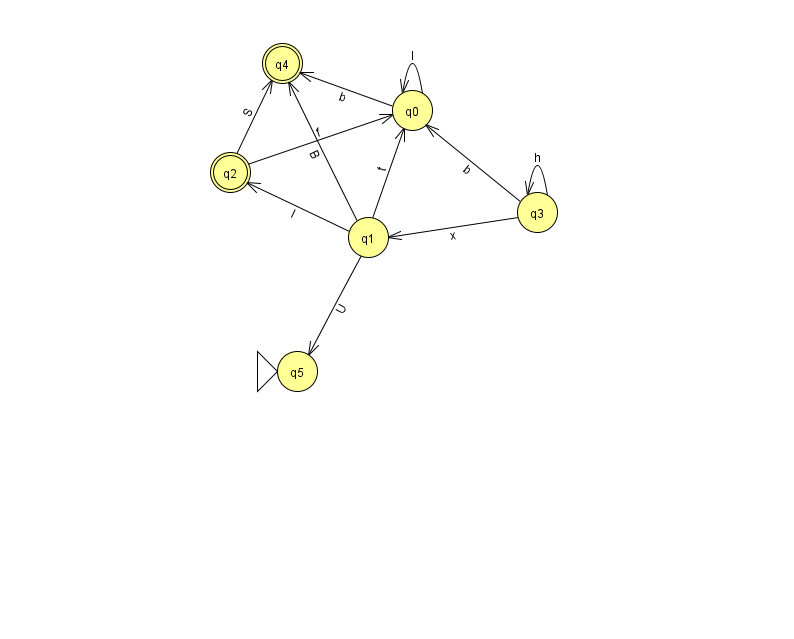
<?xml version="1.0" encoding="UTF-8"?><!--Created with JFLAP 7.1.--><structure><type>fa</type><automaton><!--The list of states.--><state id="0" name="q0"><x>412.0</x><y>97.0</y></state><state id="1" name="q1"><x>368.0</x><y>224.0</y></state><state id="2" name="q2"><x>230.0</x><y>159.0</y><final/></state><state id="3" name="q3"><x>537.0</x><y>199.0</y></state><state id="4" name="q4"><x>282.0</x><y>50.0</y><final/></state><state id="5" name="q5"><x>297.0</x><y>358.0</y><initial/></state><!--The list of transitions.--><transition><from>1</from><to>4</to><read>B</read></transition><transition><from>2</from><to>4</to><read>S</read></transition><transition><from>1</from><to>2</to><read>I</read></transition><transition><from>3</from><to>0</to><read>b</read></transition><transition><from>3</from><to>3</to><read>h</read></transition><transition><from>0</from><to>0</to><read>I</read></transition><transition><from>0</from><to>4</to><read>b</read></transition><transition><from>3</from><to>1</to><read>x</read></transition><transition><from>1</from><to>0</to><read>t</read></transition><transition><from>1</from><to>5</to><read>U</read></transition><transition><from>2</from><to>0</to><read>f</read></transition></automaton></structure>